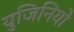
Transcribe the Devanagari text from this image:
युजिनियो